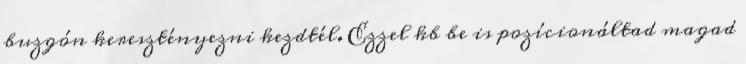
buzgón keresztényezni kezdtél. Ezzel kb be is pozícionáltad magad